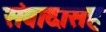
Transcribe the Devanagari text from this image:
संवादासह